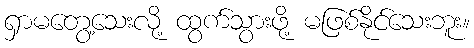
ရှာမတွေ့သေးလို့ ထွက်သွားဖို့ မဖြစ်နိုင်သေးဘူး။